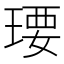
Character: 𤧄